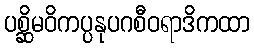
ပစ္ဆိမဝိကပ္ပနုပဂစီဝရာဒိကထာ